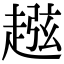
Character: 𧼏